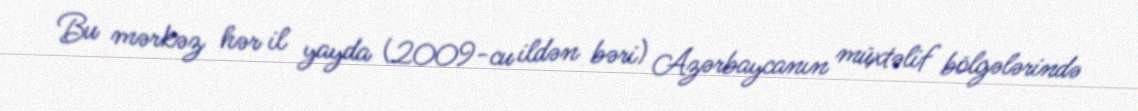
Bu mərkəz hər il yayda (2009-cu ildən bəri) Azərbaycanın müxtəlif bölgələrində